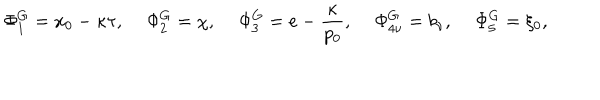
\Phi _ { 1 } ^ { G } = x _ { 0 } - \kappa \tau , \quad \, \Phi _ { 2 } ^ { G } = \chi , \quad \, \Phi _ { 3 } ^ { G } = e - \frac { \kappa } { p _ { 0 } } , \quad \, \Phi _ { 4 \nu } ^ { G } = b _ { \nu } , \quad \, \Phi _ { 5 } ^ { G } = \xi _ { 0 } ,